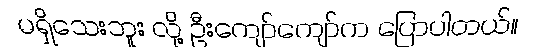
မရှိသေးဘူး လို့ ဦးကျော်ကျော်က ပြောပါတယ်။